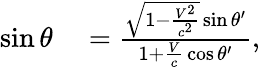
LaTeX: \begin{array}{rl}{\sin\theta}&{{}={\frac{{\sqrt{1-{\frac{V^{2}}{c^{2}}}}}\sin\theta^{\prime}}{1+{\frac{V}{c}}\cos\theta^{\prime}}},}\end{array}